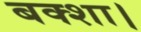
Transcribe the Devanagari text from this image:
बक्शा।